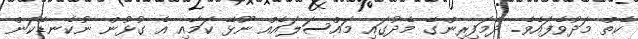
ކެތް މަދުވެފައެވެ. ދެމަފިރިންގެ މެދުގައި މައްސަލައެއް ނޫޅޭ ކަމާއި އެ ގުޅުން ނުކެނޑޭކަން